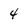
Character: 4